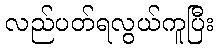
လည်ပတ်ရလွယ်ကူပြီး